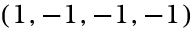
( 1 , - 1 , - 1 , - 1 )